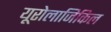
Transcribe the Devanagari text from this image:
यूरोलाजिकिल